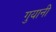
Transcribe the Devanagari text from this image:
गुयानी